Vaccination report Assam 1874-1896 - 1874-1896
Year: 1874
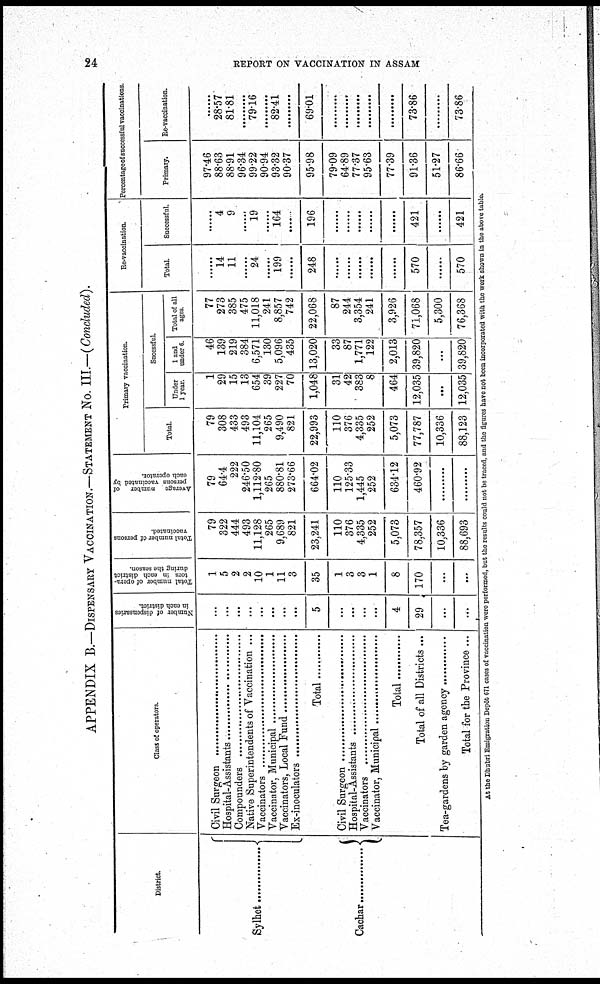
24
REPORT ON VACCINATION IN ASSAM
APPENDIX B.—DISPENSARY VACCINATION.—STATEMENT No. III.—(Concluded).
District
Sylhat ..................
Cachar ...............
Class of operators.
Civil Surgeon ..............................
Hospital-Assistants ...........................
Compounders .................................
Native Superintendents of Vaccination ...
Vaccinators .......................................
Vaccinators, Municipal ............................
Vaccinators, Local Fund ........................
Ex-inculators ..........................................
Total ............
Civil Surgeon ..............................
Hospital-Assistants ...........................
Vaccinators .......................................
Vaccinators, Municipal ............................
Total .........
Total of all Districts ...
Tea-gardens by garden agency ............
Total for the Province ...
Number of dispensaries
in each district
...
...
...
...
...
...
...
...
5
...
...
...
...
4
29
...
...
Total number of opera-
tors in each district
during the season.
1
5
2
2
10
1
11
3
35
1
3
3
1
8
170
...
...
Total number of persons
vaccinated.
79
322
444
493
11,128
265
9,689
821
23,241
110
376
4,335
252
5,073
78,357
10,336
88,693
Average number of
persons vaccinated by
each operator.
79
64.4
222
246.50
1,112.80
265
880.81
273.66
664.02
110
125.33
1,445
252
634.12
460.92
......
......
Primary vaccination.
Total.
79
308
433
493
11,104
265
9,490
821
22,993
110
376
4,335
252
5,073
77,787
10,336
88,123
Sucessful
Under
1 year.
1
29
15
13
654
39
227
70
1,048
31
42
383
8
464
12,035
......
12,035
1 and
under 6.
46
139
219
384
6,571
130
5,096
435
13,020
33
87
1,771
122
2,013
39,820
...
39,820
Total of all
ages.
77
273
385
475
11,018
241
8,857
742
22,068
87
244
3,354
241
3,926
71,068
5,300
76,368
Re-vaccination.
Total.
......
14
11
......
24
......
199
......
248
......
......
......
......
......
570
......
570
Successful.
......
4
9
......
19
......
164
......
196
......
......
......
......
......
421
......
421
Percentage of successful vaccinations.
Primary.
97.46
88.63
88.91
96.34
99.22
90.94
93.32
90.37
95.98
79.09
64.89
77.37
95.63
77.39
91.36
51.27
86.66
Re-vaccination.
......
28.57
81.81
......
79.16
......
82.41
......
69.01
......
......
......
......
......
73.86
......
73.86
At the Dhubri Emigration Depôt 671 cases of vaccination were performed, but the results could not be traced, and the figures have not been incorporated with the work shown in the above table.